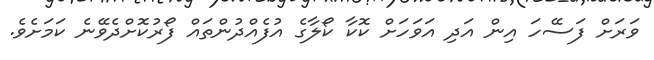
ވަރަށް ފަސޭހަ އިން އަދި އަވަހަށް ކޮކާ ކޯލާގެ އުފެއްދުންތައް ފޯރުކޮށްދެވޭނެ ކަމަށެވެ.